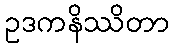
ဥဒကနိဿိတာ